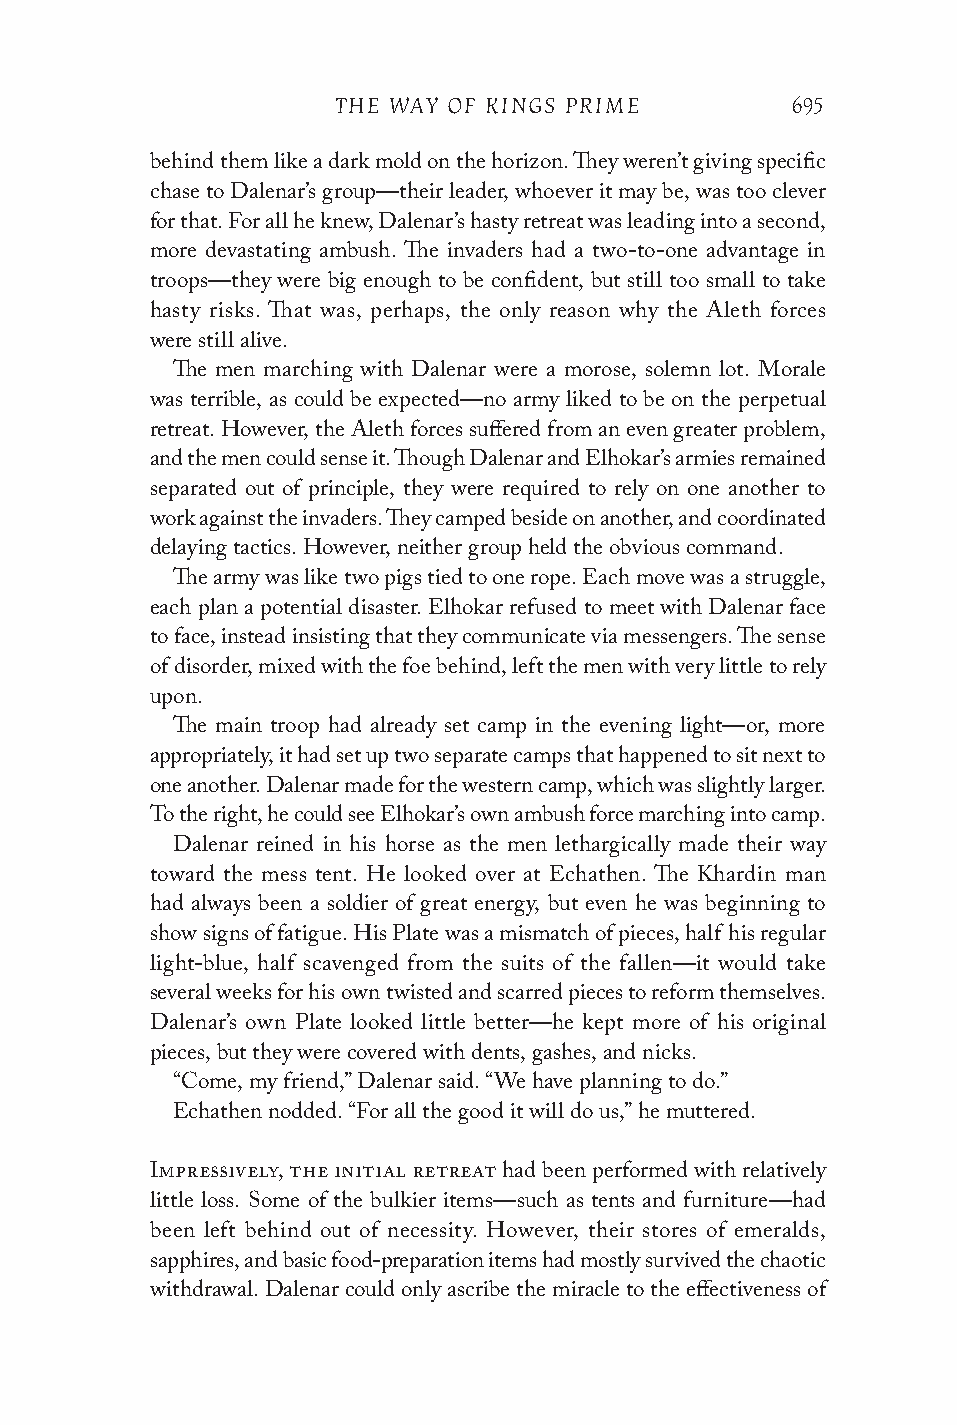
THE WAY OF KINGS PRIME        695
 behind them like a dark mold on the horizon. They weren’t giving specific
 chase to Dalenar’s group—their leader, whoever it may be, was too clever
 for that. For all he knew, Dalenar’s hasty retreat was leading into a second,
 more devastating ambush. The invaders had a two-to-one advantage in
 troops—they were big enough to be confident, but still too small to take
 hasty risks. That was, perhaps, the only reason why the Aleth forces
 were still alive.
 The men marching with Dalenar were a morose, solemn lot. Morale
 was terrible, as could be expected—no army liked to be on the perpetual
 retreat. However, the Aleth forces suffered from an even greater problem,
 and the men could sense it. Though Dalenar and Elhokar’s armies remained
 separated out of principle, they were required to rely on one another to
 work against the invaders. They camped beside on another, and coordinated
 delaying tactics. However, neither group held the obvious command.
 The army was like two pigs tied to one rope. Each move was a struggle,
 each plan a potential disaster. Elhokar refused to meet with Dalenar face
 to face, instead insisting that they communicate via messengers. The sense
 of disorder, mixed with the foe behind, left the men with very little to rely
 upon.
 The main troop had already set camp in the evening light—or, more
 appropriately, it had set up two separate camps that happened to sit next to
 one another. Dalenar made for the western camp, which was slightly larger.
 To the right, he could see Elhokar’s own ambush force marching into camp.
 Dalenar reined in his horse as the men lethargically made their way
 toward the mess tent. He looked over at Echathen. The Khardin man
 had always been a soldier of great energy, but even he was beginning to
 show signs of fatigue. His Plate was a mismatch of pieces, half his regular
 light-blue, half scavenged from the suits of the fallen—it would take
 several weeks for his own twisted and scarred pieces to reform themselves.
 Dalenar’s own Plate looked little better—he kept more of his original
 pieces, but they were covered with dents, gashes, and nicks.
 “Come, my friend,” Dalenar said. “We have planning to do.”
 Echathen nodded. “For all the good it will do us,” he muttered.
 Impressively, the initial retreat had been performed with relatively
 little loss. Some of the bulkier items—such as tents and furniture—had
 been left behind out of necessity. However, their stores of emeralds,
 sapphires, and basic food-preparation items had mostly survived the chaotic
 withdrawal. Dalenar could only ascribe the miracle to the effectiveness of